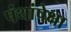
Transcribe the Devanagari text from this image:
पंथांपेक्षा